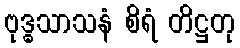
ဗုဒ္ဓသာသနံ စိရံ တိဋ္ဌတု